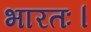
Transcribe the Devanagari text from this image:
भारतः।